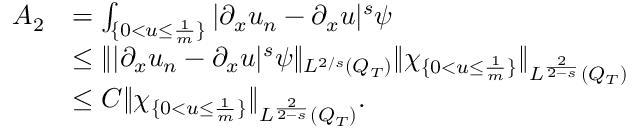
\begin{array} { r l } { A _ { 2 } } & { = \int _ { \{ 0 < u \leq \frac { 1 } { m } \} } | \partial _ { x } u _ { n } - \partial _ { x } u | ^ { s } \psi } \\ & { \leq \lVert | \partial _ { x } u _ { n } - \partial _ { x } u | ^ { s } \psi \rVert _ { L ^ { 2 / s } ( Q _ { T } ) } \lVert \chi _ { \{ 0 < u \leq \frac { 1 } { m } \} } \rVert _ { L ^ { \frac { 2 } { 2 - s } } ( Q _ { T } ) } } \\ & { \leq C \lVert \chi _ { \{ 0 < u \leq \frac { 1 } { m } \} } \rVert _ { L ^ { \frac { 2 } { 2 - s } } ( Q _ { T } ) } . } \end{array}